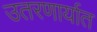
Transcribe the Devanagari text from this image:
उतरणार्यात